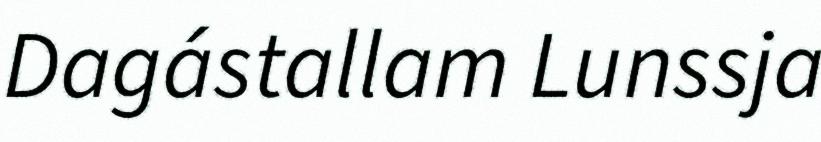
Dagástallam Lunssja